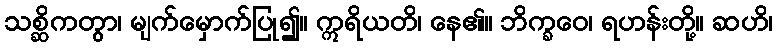
သစ္ဆိကတွာ၊ မျက်မှောက်ပြု၍။ ဣရိယတိ၊ နေ၏။ ဘိက္ခဝေ၊ ရဟန်းတို့။ ဆဟိ၊